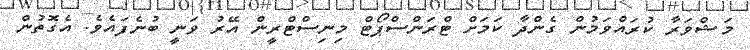
މަޝްވަރާ ކުރައްވަމުން ގެންދާ ކަމަށް ޓްރަންސްޕޯޓް މިނިސްޓްރީން އޭރު ވަނީ ބުނެފައެވެ. އެގޮތުން